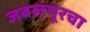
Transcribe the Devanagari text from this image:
जबलपूरचा